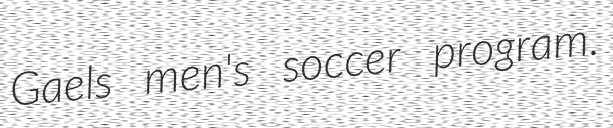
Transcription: Gaels men's soccer program.